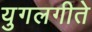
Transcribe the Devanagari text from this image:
युगलगीते